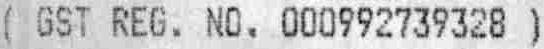
( GST REG. NO. 000992739328 )